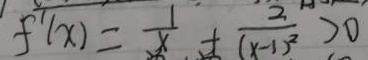
f ^ { \prime } ( x ) = \frac { 1 } { x } + \frac { 2 } { ( x - 1 ) ^ { 2 } } > 0